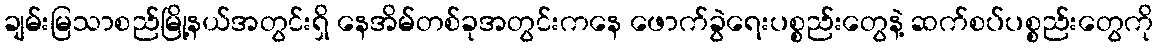
ချမ်းမြသာစည်မြို့နယ်အတွင်းရှိ နေအိမ်တစ်ခုအတွင်းကနေ ဖောက်ခွဲရေးပစ္စည်းတွေနဲ့ ဆက်စပ်ပစ္စည်းတွေကို